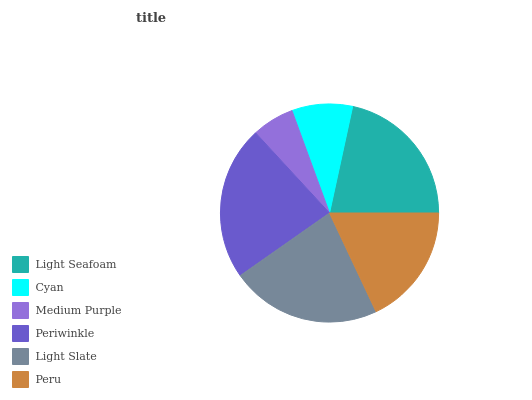
| Light Seafoam | Cyan | Medium Purple | Periwinkle | Light Slate | Peru |
 | --- | --- | --- | --- | --- | --- |
 | 21.6% | 8.98% | 6.26% | 22.9% | 22.3% | 18% |